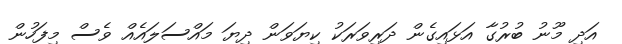
އަދި މޫނު ބުރުގާ އަޅައިގެން ދަރިވަރަކު ކިޔަވަން ދިޔަ މައްސަލައެއް ވެސް މިފަހުން